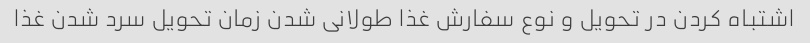
اشتباه کردن در تحویل و نوع سفارش غذا طولانی شدن زمان تحویل سرد شدن غذا